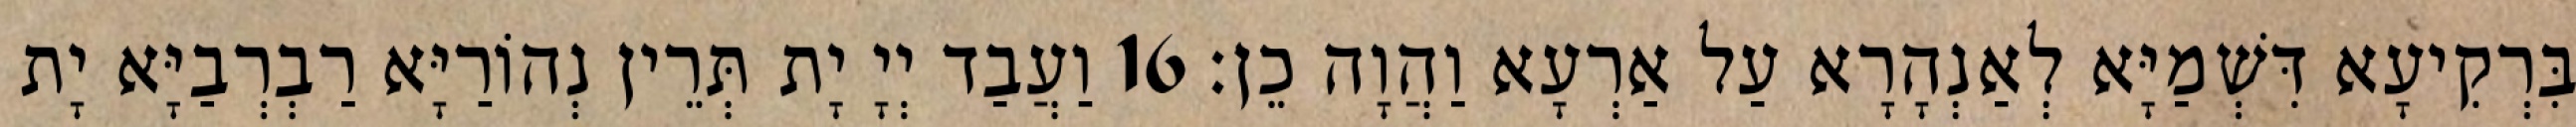
בִּרְקִיעָא דִּשְׁמַיָּא לְאַנְהָרָא עַל אַרְעָא וַהֲוָה כֵן׃ 16 וַעֲבַד יְיָ יָת תְּרֵין נְהוֹרַיָּא רַבְרְבַיָּא יָת